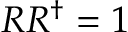
R R ^ { \dagger } = 1